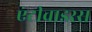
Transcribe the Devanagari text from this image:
एंटीवाइरस